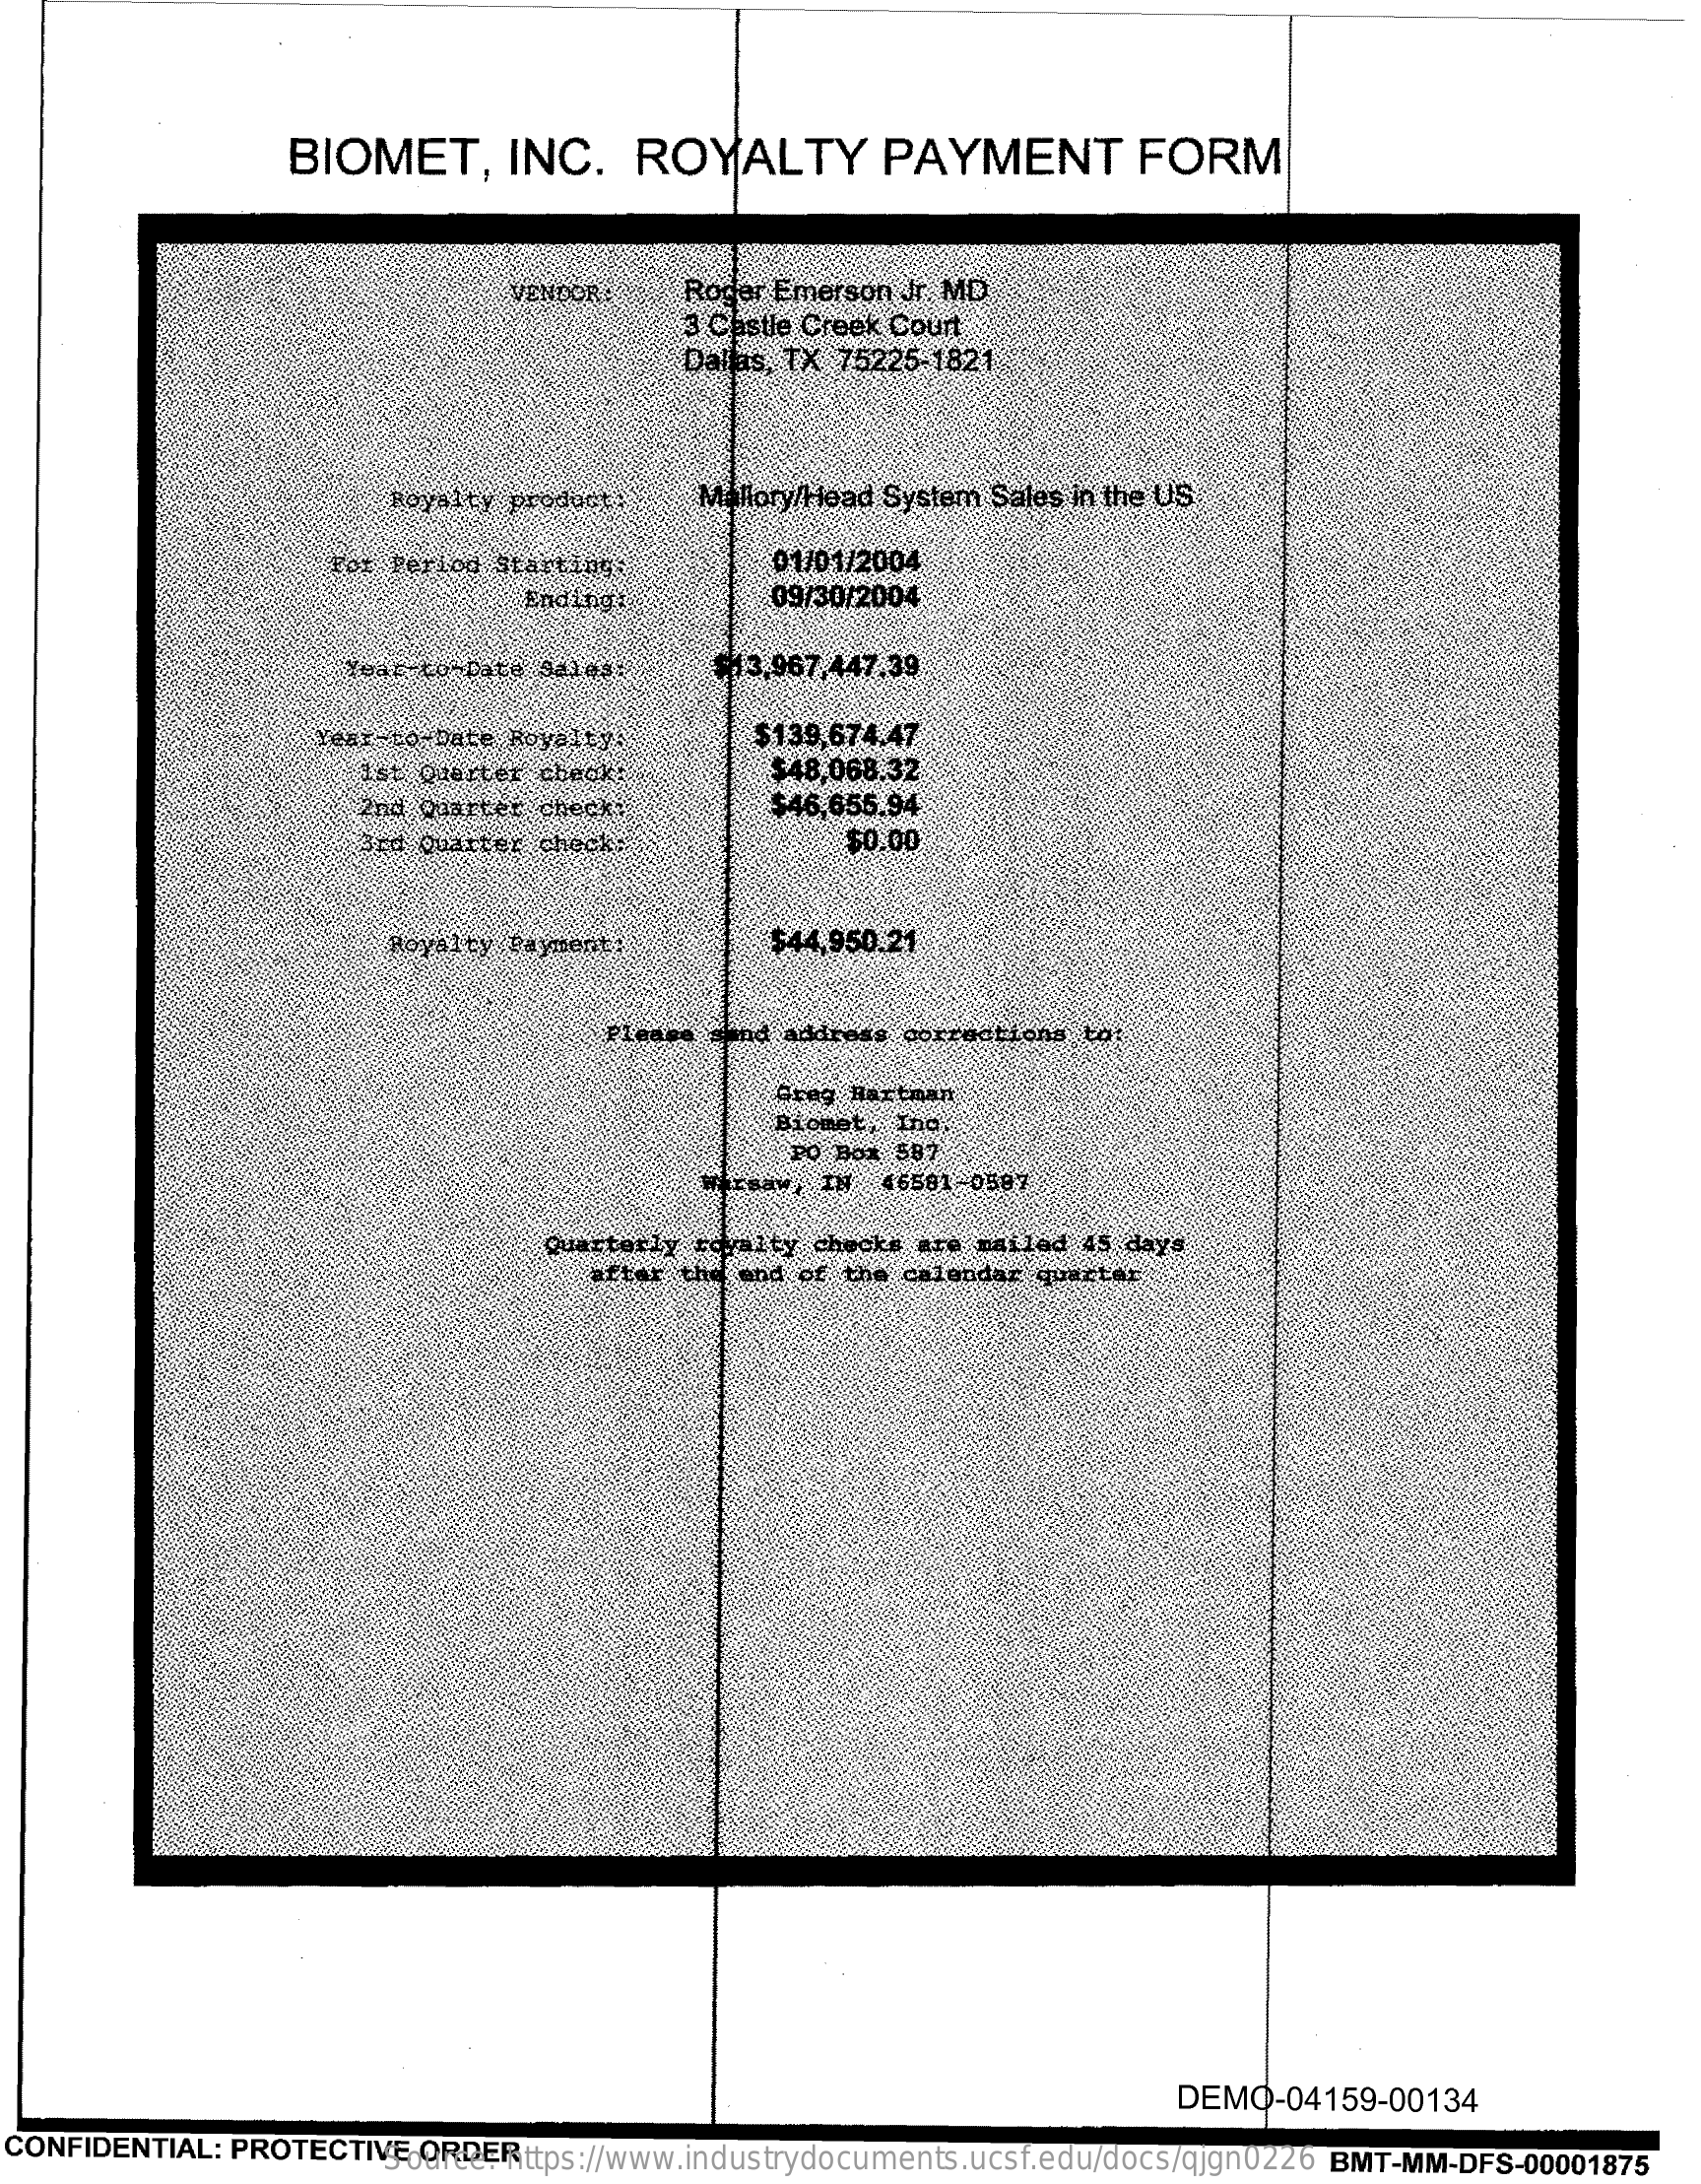
BIOMET,    INC.   ROYALTY    PAYMENT    FORM
     VENDOR    Roder Emerson Jr. MD
     3 Castle Creek Court
     Dallas, TX 75225-1821
     Royalty produce.    Mallory/Head System Sales in the US
     For Perlod Starting;    01/01/2004
     Endingà    09/30/2004
     13,967,447.39
     Test-to- Date Royalty:    $139,674.47
     ist Qaerter check:    $48,068.32
     2nd Quarter check:    $46,655.94
     Brø Quarter check:    $0.00
     Royalty Payment;    $44,950.21
     address corrections to
     Grag Hartman
     Biomet, Ino:
     PO Box 587
     IM IN  46581 -0587
     Quarterly royalty checks are nailed 45 days
     and of the calendar quixtar
     DEMO-04159-00134
  CONFIDENTIAL: PROTECTIVE ORDER Source: https://www.industrydocuments.ucsf.edu/docs/qjgn0226 BMT-MM-DFS-00001875